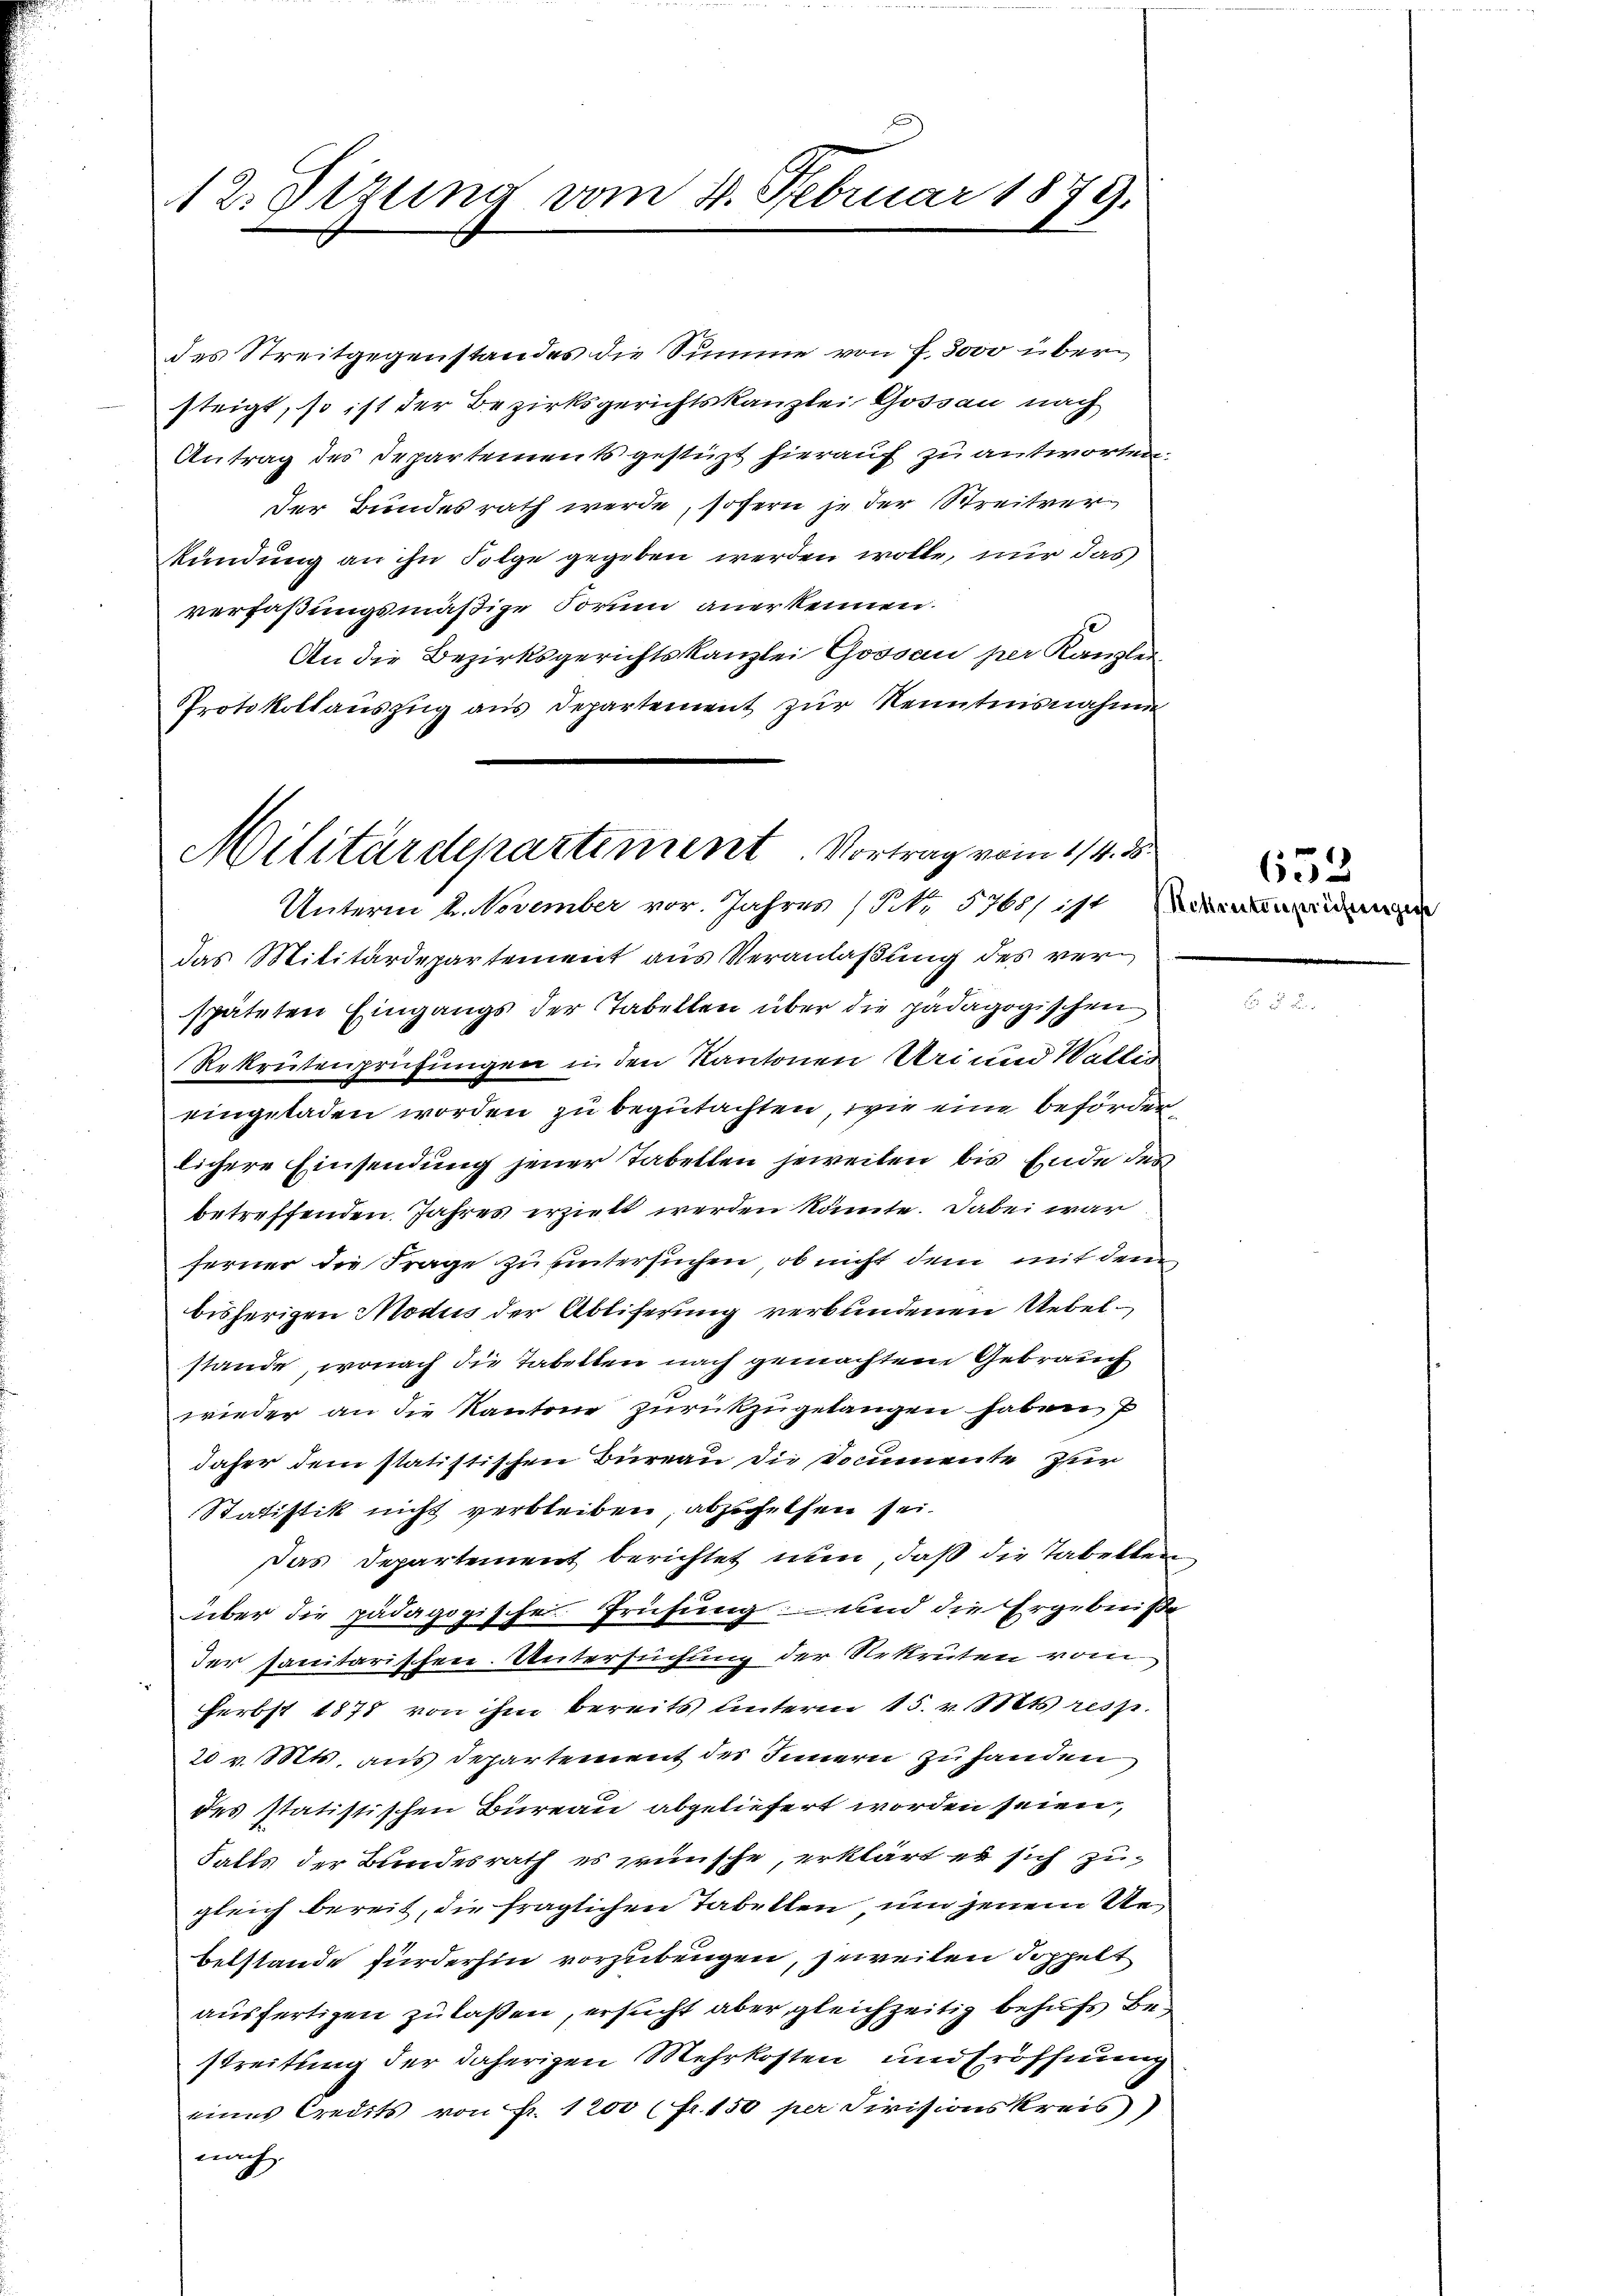
12. Sizung vom 4. Februar 1879.

des Streitgegenstandes die Summe von f. 3000 übersteigt, so ist der Bezirksgerichtskanzlei Gossau nach
Antrag des Departements gestützt hierauf zu antworten.
Der Bundesrath werde, sofern je der Streitverkündung an ihn Folge gegeben werden wolle, nur das
verfaßungsmäßige Forum anerkennen.
An die Bezirksgerichtskanzlei Gossau per Kanzler
Protokollaŭszŭg aŭs Departement zŭr Kenntnisnahme
das Militärdepartement aus Veranlaßung des verspäteten Eingangs der Tabellen über die pädagogischen
Rekrutenprüfungen in den Kantonen Uri und Wallis
eingeladen worden zu begutachten, wie eine beförden,
lichere Einsendung jener Tabellen jeweiten bis Ende des
betreffenden Jahres erzielt werden könnte. Dabei war
ferner die Frage zu untersuchen, ob nicht dem mit dem
bisherigen Modus der Abliferung verbundenen Uebelstände, wonach die Tabeltene nach gemachtem Gebrauch
wieder an die Kantone zurückzugelangen haben,
daher dem statistischen Büreau die Sommente zur
Statistik nicht verbleiben, abzuhelfen sei.
das Departement berichtet nun, daß die Tabelleüber die pädagogische Prüfung und die Ergebniß
der sanitarischen. Untersuchung der Rekruten vom
Herbst 1878 von ihm bereits unterm 15. v. Mts resp.
20 v. Mts. aus Departement des Innern zu handen
des statistischen Bureau abgeliefert worden seien,
Falls der Bundesrath es wünsche, erklärt es sich zugleich bereit, die fraglichen Tabellen, um jenem Uebelstande fürderhin vorzubeugen, jeweilen doppelt
ausfertigen zu laßen, ersucht aber gleichzeitig behufs Bestreitung der daherigen Mehrkosten und Eröffnung
eines Credits von Fr. 1200 (fr. 150 per Civisionskreis
nach

Militärdepartiment. Vortrag vom 1/4. ds.
Unterm 2. November vor. Jahres (S. 5768) ist

Schenten prüfen gise

652